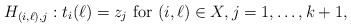
\begin{align*}H_{(i,\ell), j} :t_{i}(\ell) = z_{j}\mbox{\rm ~for~} (i, \ell)\in X, j=1,\ldots, k+1,\end{align*}